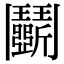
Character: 鬭